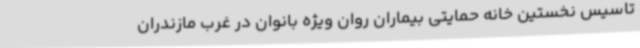
تاسیس نخستین خانه حمایتی بیماران روان ویژه بانوان در غرب مازندران